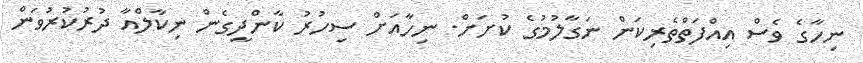
ނިހާގެ ވެސް އިއްފަތްތެރިކަން ނަގާލުމުގެ ކުށަށް. ނިހާއަށް ސިހުރު ކާންދީގެން ނިކާލްއާ ދުރުކުރުވަން